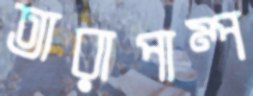
তারাপাম্প